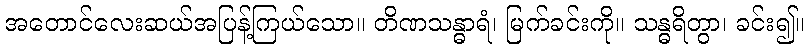
အတောင်လေးဆယ်အပြန့်ကြယ်သော။ တိဏသန္ဓာရံ၊ မြက်ခင်းကို။ သန္ဓရိတွာ၊ ခင်း၍။